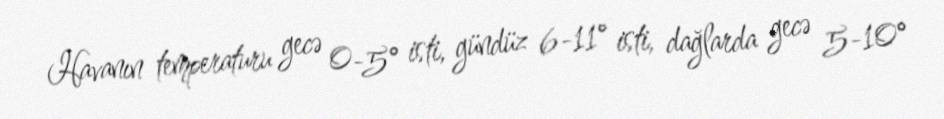
Havanın temperaturu gecə 0-5° isti, gündüz 6-11° isti, dağlarda gecə 5-10°